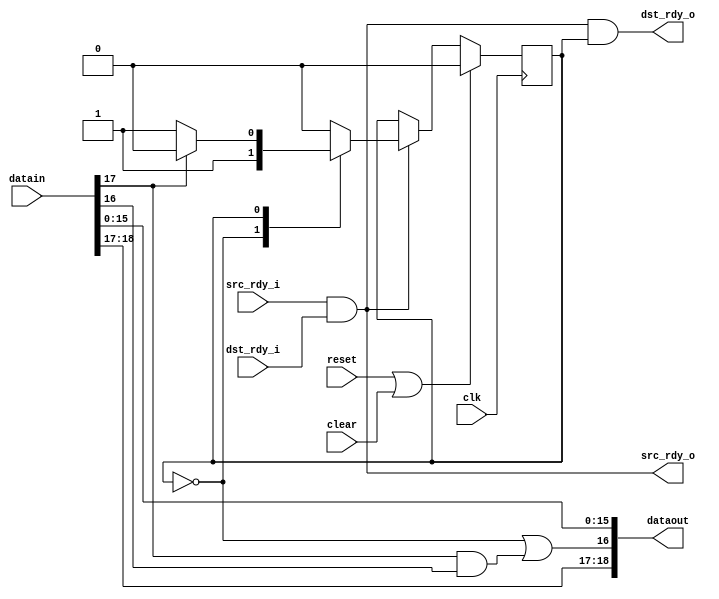
module fifo19_rxrealign
  (input clk, input reset, input clear,
   input [18:0] datain, input src_rdy_i, output dst_rdy_o,
   output [18:0] dataout, output src_rdy_o, input dst_rdy_i);
   reg 	rxre_state;
   localparam RXRE_DUMMY  = 0;
   localparam RXRE_PKT 	  = 1;
   assign dataout[18] 	  = datain[18];
   assign dataout[17] 	  = datain[17];
   assign dataout[16] 	  = (rxre_state==RXRE_DUMMY) | (datain[17] & datain[16]);  
   assign dataout[15:0] = datain[15:0];
   always @(posedge clk)
     if(reset | clear)
       rxre_state <= RXRE_DUMMY;
     else if(src_rdy_i & dst_rdy_i)
       case(rxre_state)
	 RXRE_DUMMY :
	   rxre_state <= RXRE_PKT;
	 RXRE_PKT :
	   if(datain[17])   
	     rxre_state <= RXRE_DUMMY;
       endcase 
   assign src_rdy_o 	 = src_rdy_i & dst_rdy_i;   
   assign dst_rdy_o = src_rdy_i & dst_rdy_i & (rxre_state == RXRE_PKT);  
endmodule